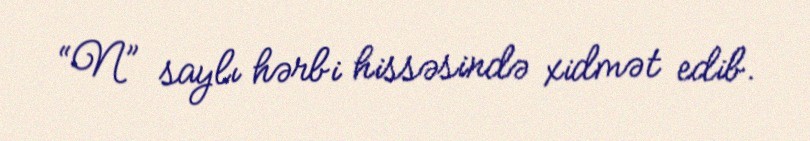
“N” saylı hərbi hissəsində xidmət edib.